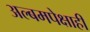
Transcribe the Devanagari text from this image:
अल्बमपेक्षाही